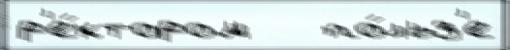
р'е́ктором   по́льз'е